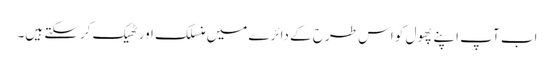
اب آپ اپنے پھول کو اس طرح کے دائرے میں منسلک اور ٹھیک کرسکتے ہیں۔